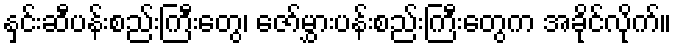
နှင်းဆီပန်းစည်းကြီးတွေ၊ ဇော်မွှားပန်းစည်းကြီးတွေက အခိုင်လိုက်။